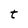
Character: t